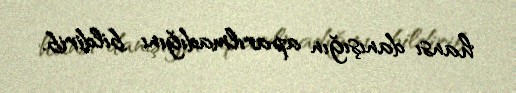
hansı danışığın aparılmadığını bildirib.